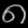
Digit: ၈